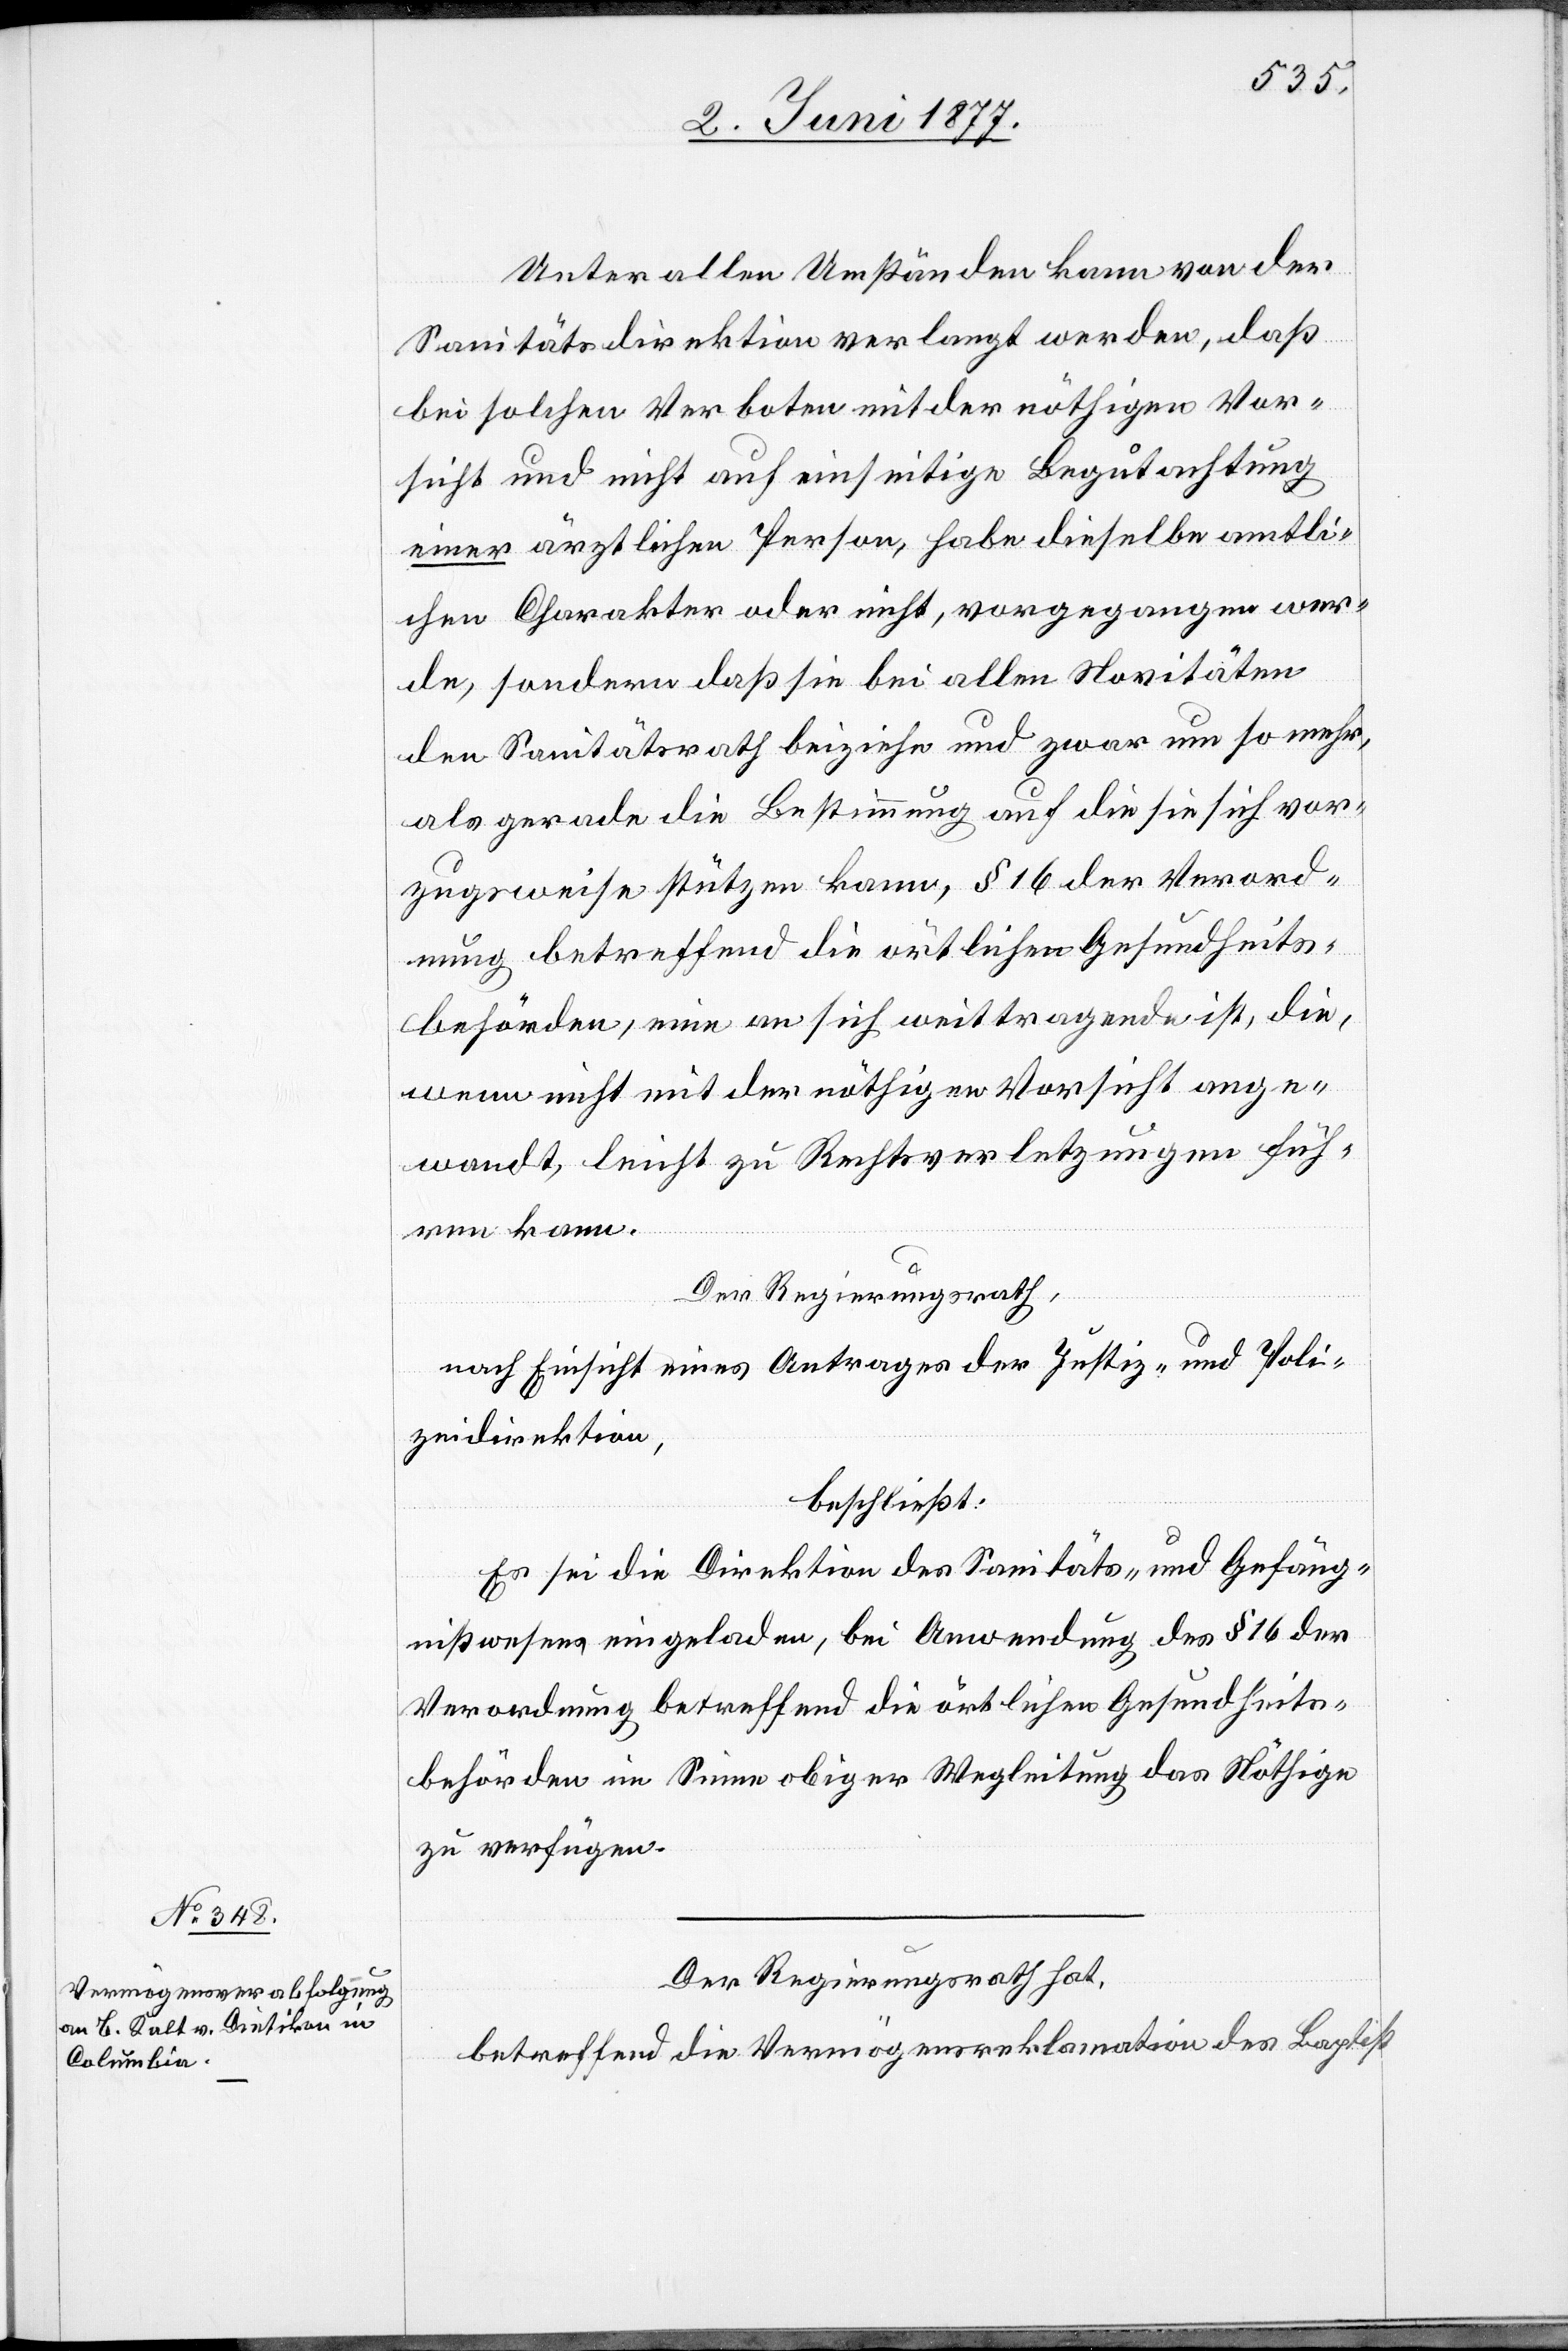
Unter allen Umständen kann von der
Sanitätsdirektion verlangt werden, daß
bei solchen Verboten mit der nöthigen Vor¬
sicht und nicht auf einseitige Begutachtung
einer ärztlichen Person, habe dieselbe amtli¬
chen Charakter oder nicht, vorgegangen wer¬
de, sondern daß sie bei allen Novitäten
den Sanitätsrath beiziehe und zwar um so mehr,
als gerade die Bestimmung auf die sie sich vor¬
zugsweise stützen kann, § 16 der Verord¬
nung betreffend die örtlichen Gesundheits¬
behörden, eine an sich weittragende ist, die,
wenn nicht mit der nöthigen Vorsicht ange¬
wandt, leicht zu Rechtsverletzungen füh¬
ren kann.
Der Regierungsrath,
nach Einsicht eines Antrages der Justiz- und Poli¬
zeidirektion,
beschließt:
Es sei die Direktion des Sanitäts- und Gefäng¬
nißwesens eingeladen, bei Anwendung des § 16 der
Verordnung betreffend die örtlichen Gesundheits¬
behörden im Sinne obiger Wegleitung das Nöthige
zu verfügen.
Der Regierungsrath hat,
betreffend Vermögensreklamation des Baptist